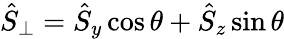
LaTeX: \hat{S}_{\perp}=\hat{S}_{y}\cos\theta+\hat{S}_{z}\sin\theta